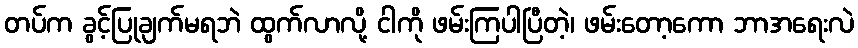
တပ်က ခွင့်ပြုချက်မရဘဲ ထွက်လာလို့ ငါကို ဖမ်းကြပါပြီတဲ့၊ ဖမ်းတော့ကော ဘာအရေးလဲ